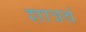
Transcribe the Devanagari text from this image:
शात्रवं